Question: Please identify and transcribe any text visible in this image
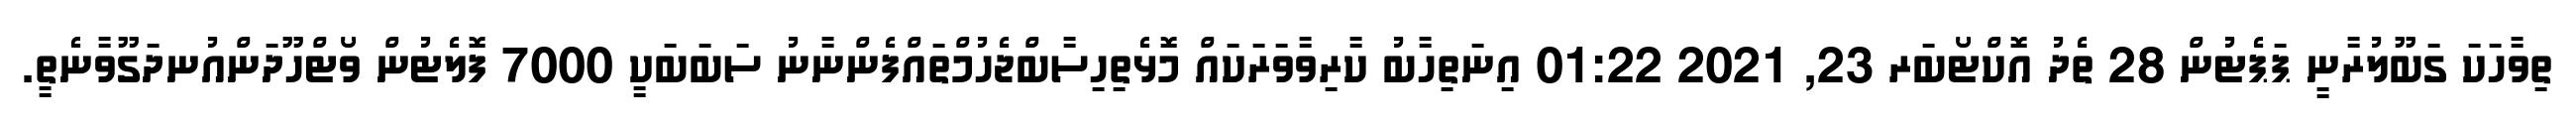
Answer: ތިވާހަކަ ގަބޫލުރާނީ ޕަޕެޓުން 28 ތެދު އޮކްޓޯބަރ 23, 2021 01:22 އިނަތިހާބު ކާރިވާވަރަކައް މޮޅެތިހިސާބްޖެހުމްތައްފެންނާނު ސަބަބަކީ 7000 ފޮލެޓުން ވޯޓްހޫދަންއުނދަގޫވާނެތީ.